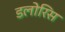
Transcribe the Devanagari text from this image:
डलोरिस